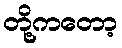
တို့ကတော့